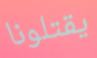
يقتلونا